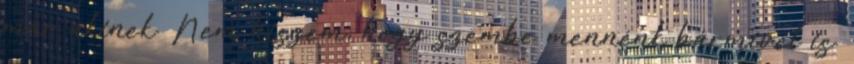
már akinek. Nem hiszem, hogy szembe mennénk bármivel is.